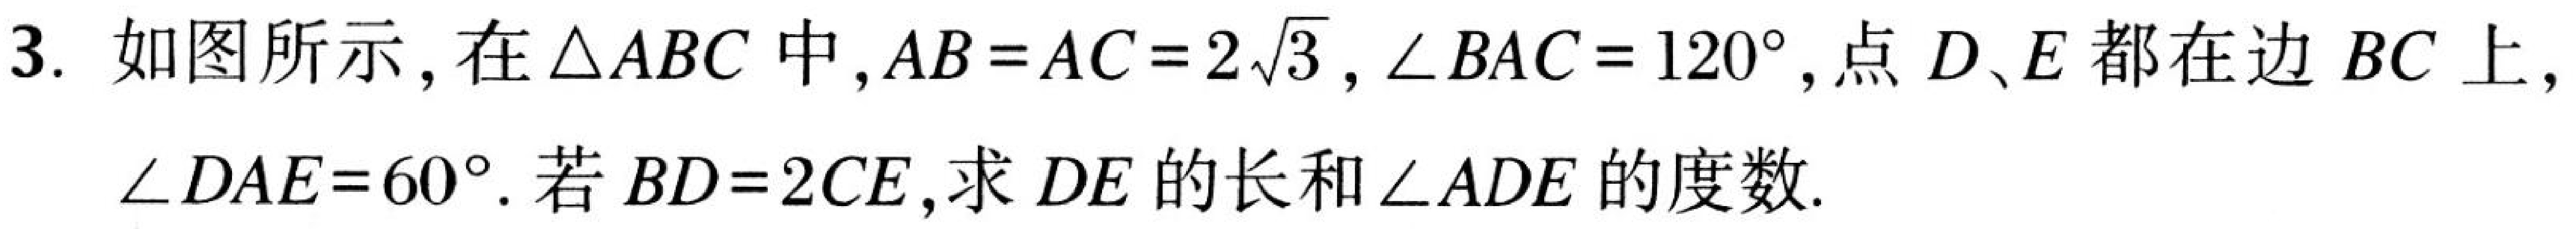
3. 如图所示，在\(\triangle ABC\)中，\(AB = AC = 2\sqrt{3}\)，\(\angle BAC = 120^{\circ}\)，点\(D、E\)都在边\(BC\)上，\(\angle DAE = 60^{\circ}\). 若\(BD = 2CE\)，求\(DE\)的长和\(\angle ADE\)的度数.